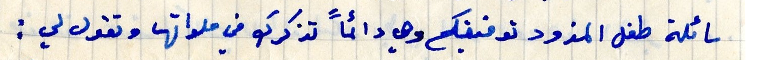
سائلة طفل المزود توفيقكم وهي دائماً تذكرك في صلواتها وتقول لي :